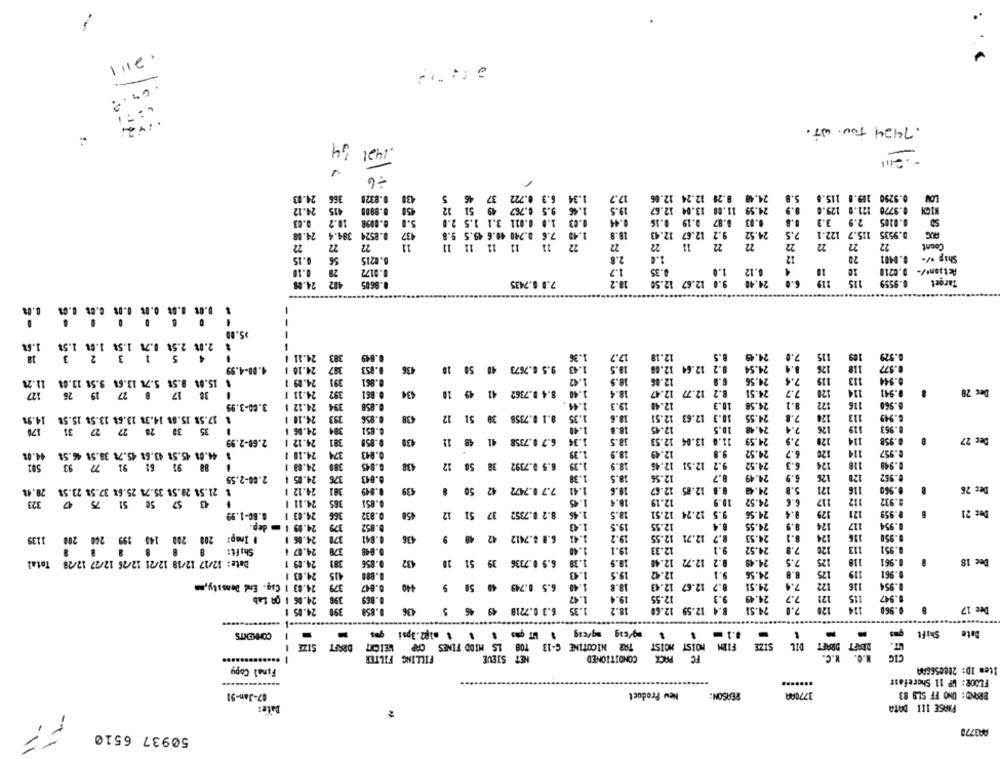
-
.2111
4: 71
.1.2.
. 7424 TOU. WT.
1421
44
-6
24.13
366
0.8320
37
6.3 0.722
17.5
24.48 8.20 12.24 12.06
5.8
0.9290 109.8 115.8
LOW
4.12
415
158 0.8800
5 6.767 9 51 12
1.86
19.5
24.59 11.00 13.04 12.67
8.9
0.9770 121.0 129.0
NICH
9.03
5.0
0.03 1.0 0.011 3.1 1.5 2.0
8.87 0.19 0.16
0.03
0.8
0.0105 2.9 3.3
24.
384
0.8524
437
6 8.740 40.6 49.5 9.8
1.49
18.
9.2 12.67 12.43
24.52
7.5
0.9535 115.7 122.1
11
11 11
11
11
11
22
22
22
22
22
22
11
22
22
Count
0.15
6.0215
2.8
1.0
12
20
0.0401
Ship .-
1.7
0.30
0.8172
0.35
1.0
4
10
10
Action+/-
24.05
402
0.8695
7.0 0.7435
18.2
9.0 12.67 12.50
6.8
119
115
0.9559
Target
$5.00
1.6
2.0t 2.5% 0.70 1.5% 1.00 1.58
18
24.11 1
383
0.849
1.36
17.7
12.18
8.5
24.45
7.0
15
109
0.929
387
0.577
4.00-4.99
24.10
9.853
436
9.5 0.7673 40 50 10
1.43
18.5
12.64 12.68
9.2
24.54
8.4
118
11.28
15.08 9.58 5.76 13.68 9.5t 13.08
24.09 1
391
0.961
1.42
18.5
12.86
24.56
7.4
115
113
0.944
127
30 17 8 27 19 26
24.11
392
0.861
434
10
49
8.4 0.7362 41
1.40
18.4
8.2 12.77 12.47
24.51
7.7
120
114
Dec 28
1.44
8.1
122
116
3.00-3.99
24.12 5
394
0.858
19.3
12.40
10.3
24.58
14.9%
$ 17.58 15.08 14.3% 13.64 13.5$ 15.58
24.10
393
0.856
438
12
51
8.1 0.7358 30
1.35
18.6
12.51
12.63
10.3
24.55
7.8
120
113
3.949
170
35 30 28 27 27 31
24.06
304
0.851
1.41
18.8
12.45
10.5
24.48
7.4
126
119
0.963
2.60-2.99
24.12 |
0.859
430
11
48
6.7 0.7358 41
1.34
13.04 12.53
11.0
24.59
7.9
120
114
0.958
B
Dec 27
44.0%
$ 44.08 45.58 43.68 45.78 38.58 46.51
24.10 1
324
0.843
1.39
18.9
12.49
9.8
24.52
6.7
120
114
0.957
88 91 61 91 77 93
438
38
8.5 0.7392
1.39
18.9
12.51 12.46
9.2
24.52
6.3
124
118
0.948
501
24.09 |
380
8.845
12
2.00-2.55
24.05 1
376
0.843
1.38
18.5
12.56
8.7
24.49
6.9
125
120
8.962
8.8
$ 21.5% 28.5$ 35.74 25.6% 37.58 23.58 28.41
24.12 1
381
0.849
439
50
42
7.7 0.7472
1.41
10.6
12.85 12.67
24.42
171
116
0.960
Dec 26
43 57 50 51 75 47 323
24.11 |
365
0.851
1.45
18.4
12.19
10.9
24.52
6.6
117
112
0.932
8.80-1.99
24.03 |
366
0.832
450
12
8.2 0.7352 37 51
1.45
18.5
12.51
12.74
9.5
24.56
0.4
129
121
0.959
Dec 21
24.09 1 m dep.
379
1.43
15.5
12.55
8.4
24.55
124
117
0.954
3.852
9.5
200 200 140 199 260 200 1135
. Insp:
24.06 1
371
0.841
436
9
48
6.8 8.7412 42
1.41
19.2
12.71 12.55
8.7
24.53
8.1
124
9.950
19.1
9.1
24.52
7.8
120
13
8.951
Shaft:
24.07 |
1.40
12.33
Total
Date: 12/17 12/18 12/21 12/26 12/27 12/28
24.09 1
381
0.856
432
20
51
6.9 0.7336 39
1.39
18.5
12.72 12.40
8.2
24.49
125
118
0.961
Dec 18
24.03 1
0.890
1.43
19.5
12.42
9.1
24.56
6.8
125
19
0.961
24.03 1 Caq. End Denssty,mm
379
0.847
440
50 9
6.5 0.749 49
1.40
13.8
12.67 12.43
0.7
24.51
7.4
122
116
0.954
24.06 1 08 Lab
398
0.869
1.42
19.4
12.55
24.49
121
115
0.947
6.3 0.7218 49 46 5
7.0
120
124
9.960
8
Dee 17
24.05 1
0.859
436
1.35
18.2
12.59 12.60
8.4
24.51
mg/dag mg/eig 3 UT qms * * * mię2.]psi ges
COMMENTS
:
Shift
Bate
-
DRAFT SIZE
TAR NICOTINE C-13 TOB LS MIDD FINES CAP WEIONT
FIRM MOIST MOIST
SIZE
DIL
DRAFT DRAFT
R.O. N.C.
FILLING FILTER
NET SIEVE
CONDITIONED
FC PACK
CIG
Final Copy
- -
158
Item ID: 200056GAA
FLOOR: WP 11 Shorefair
BRAND: UNO FF SLS 83
07-Jan-91
New Product
REASON
377000
Date:
PHASE III DATA
F?
AA3770
50937 6510